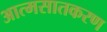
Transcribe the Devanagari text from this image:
आत्मसातकरण